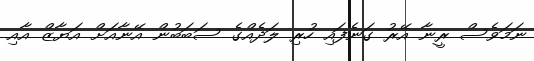
ނަމަވެސް ރީނާ އޭރު ގަނެފައި ހުރި ލަދެއްގެ ސަބަބުން އޭނާއަށް އަޔާޒް އާއި